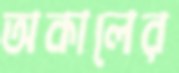
অকালের